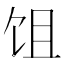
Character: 𬲭